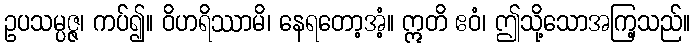
ဥပသမ္ပဇ္ဇ၊ ကပ်၍။ ဝိဟရိဿာမိ၊ နေရတော့အံ့။ ဣတိ ဧဝံ၊ ဤသို့သောအကြ့သည်။